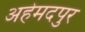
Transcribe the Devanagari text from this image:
अहेमदपुर